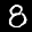
Label: 8